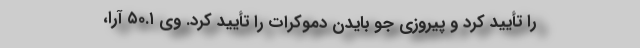
را تأیید کرد و پیروزی جو بایدن دموکرات را تأیید کرد. وی ۵۰.۱ آرا،